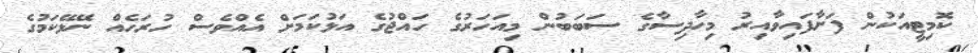
ކޮމިޓީއަކުން ފަށާފައިވާއިރު މިހާދިސާގެ ސަބަބުން މިއަހަރުގެ ހައްޖުގެ އަޅުކަމަށް އެއްވެސް ހުރަހެއް ނޭޅޭކަމުގެ